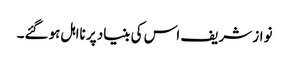
نواز شریف اس کی بنیاد پر نااہل ہوگئے۔